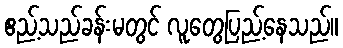
ဧည့်သည်ခန်းမတွင် လူတွေပြည့်နေသည်။